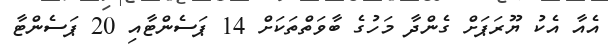
އެއާ އެކު ޔޫރަޕަށް ގެންދާ މަހުގެ ބާވަތްތަކަށް 14 ޕަސެންޓާއި 20 ޕަސެންޓާ